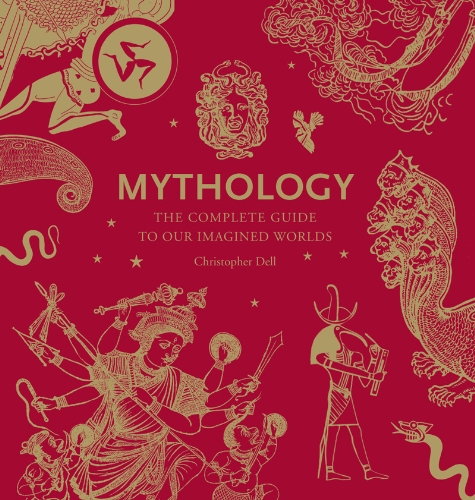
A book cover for Mythology: The Complete Guide to Our Imagined Worlds; Christopher Dell; Politics & Social Sciences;